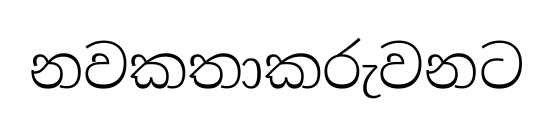
නවකතාකරුවනට